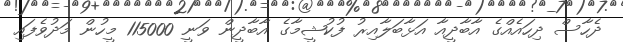
ދެހާސް ދިހައެއްގެ އާބާދީއާ އަޅާބަލާއިރު ފުކުޝީމާގެ އާބާދީން ވަނީ 115000 މީހުން މަދުވެފައި